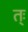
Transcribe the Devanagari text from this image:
त्ः